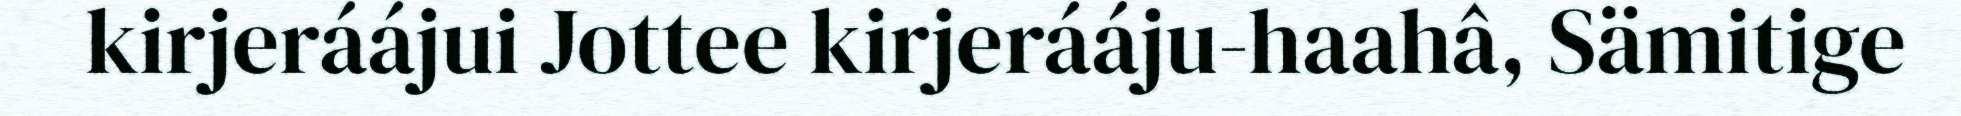
kirjeráájui Jottee kirjerááju-haahâ, Sämitige